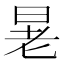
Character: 𪰚